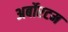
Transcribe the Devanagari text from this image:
अर्बोरटम